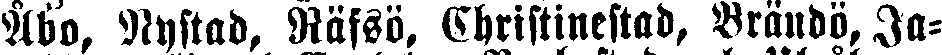
Åbo, Nystad, Räfsö. Christinestad, Brändö, Ja-